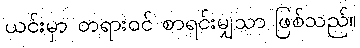
ယင်းမှာ တရားဝင် စာရင်းမျှသာ ဖြစ်သည်။